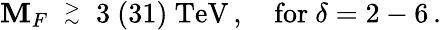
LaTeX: \mathbf{M}_{F}\ \stackrel{>}{{}_{\sim}}\ 3\ (31)\ \mathrm{{TeV}}\, ,\quad\mathrm{{for}}\ \delta=2-6\, .